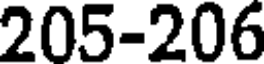
205-206